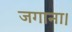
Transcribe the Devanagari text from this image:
जगाना।